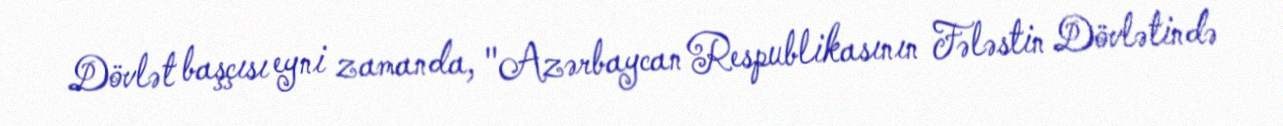
Dövlət başçısı eyni zamanda, "Azərbaycan Respublikasının Fələstin Dövlətində